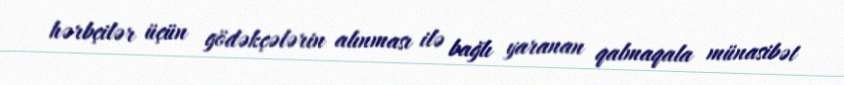
hərbçilər üçün gödəkçələrin alınması ilə bağlı yaranan qalmaqala münasibət